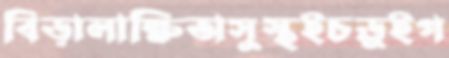
বিড়ালাক্ষিঅসুস্থইচড়ুইগ